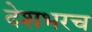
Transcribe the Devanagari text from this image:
देशभरच